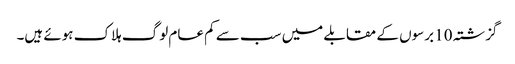
گزشتہ 10 برسوں کے مقابلے میں سب سے کم عام لوگ ہلاک ہوئے ہیں۔